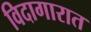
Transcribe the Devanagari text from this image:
विदागारात